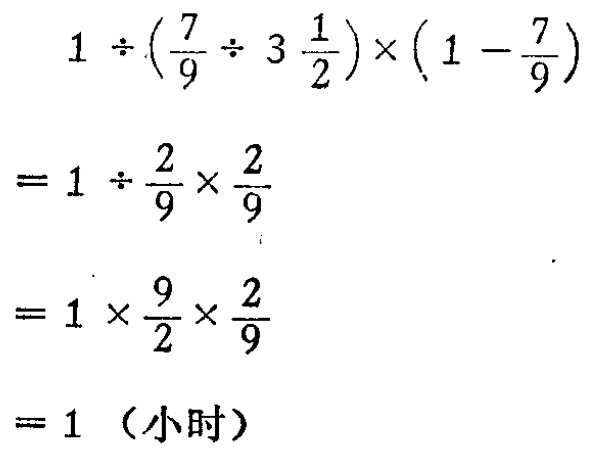
\[

\begin{align*}

&1\div(\frac{7}{9}\div3\frac{1}{2})\times(1 - \frac{7}{9})\\

=&1\div\frac{2}{9}\times\frac{2}{9}\\

=&1\times\frac{9}{2}\times\frac{2}{9}\\

=&1（小时）

\end{align*}

\]